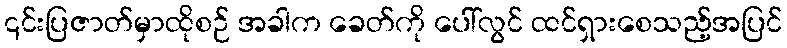
၎င်းပြဇာတ်မှာထိုစဉ် အခါက ခေတ်ကို ပေါ်လွင် ထင်ရှားစေသည့်အပြင်